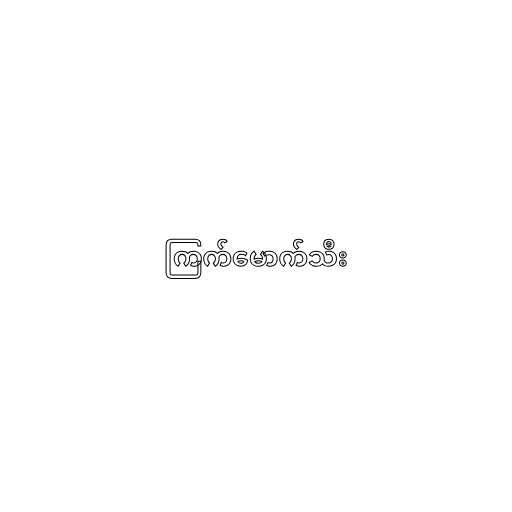
ကြက်မောက်သီး